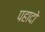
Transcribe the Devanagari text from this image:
पहादो